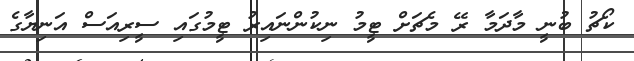
ކޯޗު ބުނީ މާދަމާ ރޭ މެޗަށް ޓީމު ނިކުންނައިރު ޓީމުގައި ސީރިއަސް އަނިޔާގެ